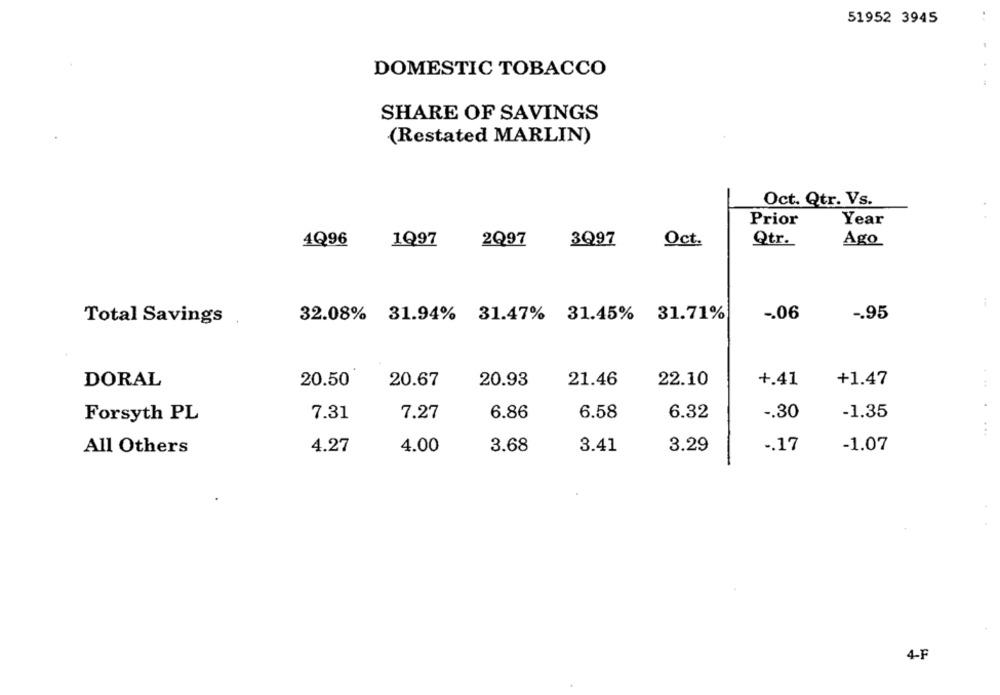
51952 3945
DOMESTIC TOBACCO
SHARE OF SAVINGS
(Restated MARLIN)
Oct. Qtr. Vs.
Prior
Year
4Q96
1Q97
2Q97
3Q97
Oct.
Qtr.
Ago
Total Savings
32.08% 31.94% 31.47% 31.45% 31.71%
-. 06
-. 95
20.67
21.46
22.10
+.41
+1.47
DORAL
20.50
20.93
7.31
7.27
6.86
6.58
6.32
-. 30
-1.35
Forsyth PL
All Others
4.27
4.00
3.68
3.41
3.29
-. 17
-1.07
4-F